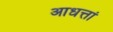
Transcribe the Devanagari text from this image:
आधत्तां